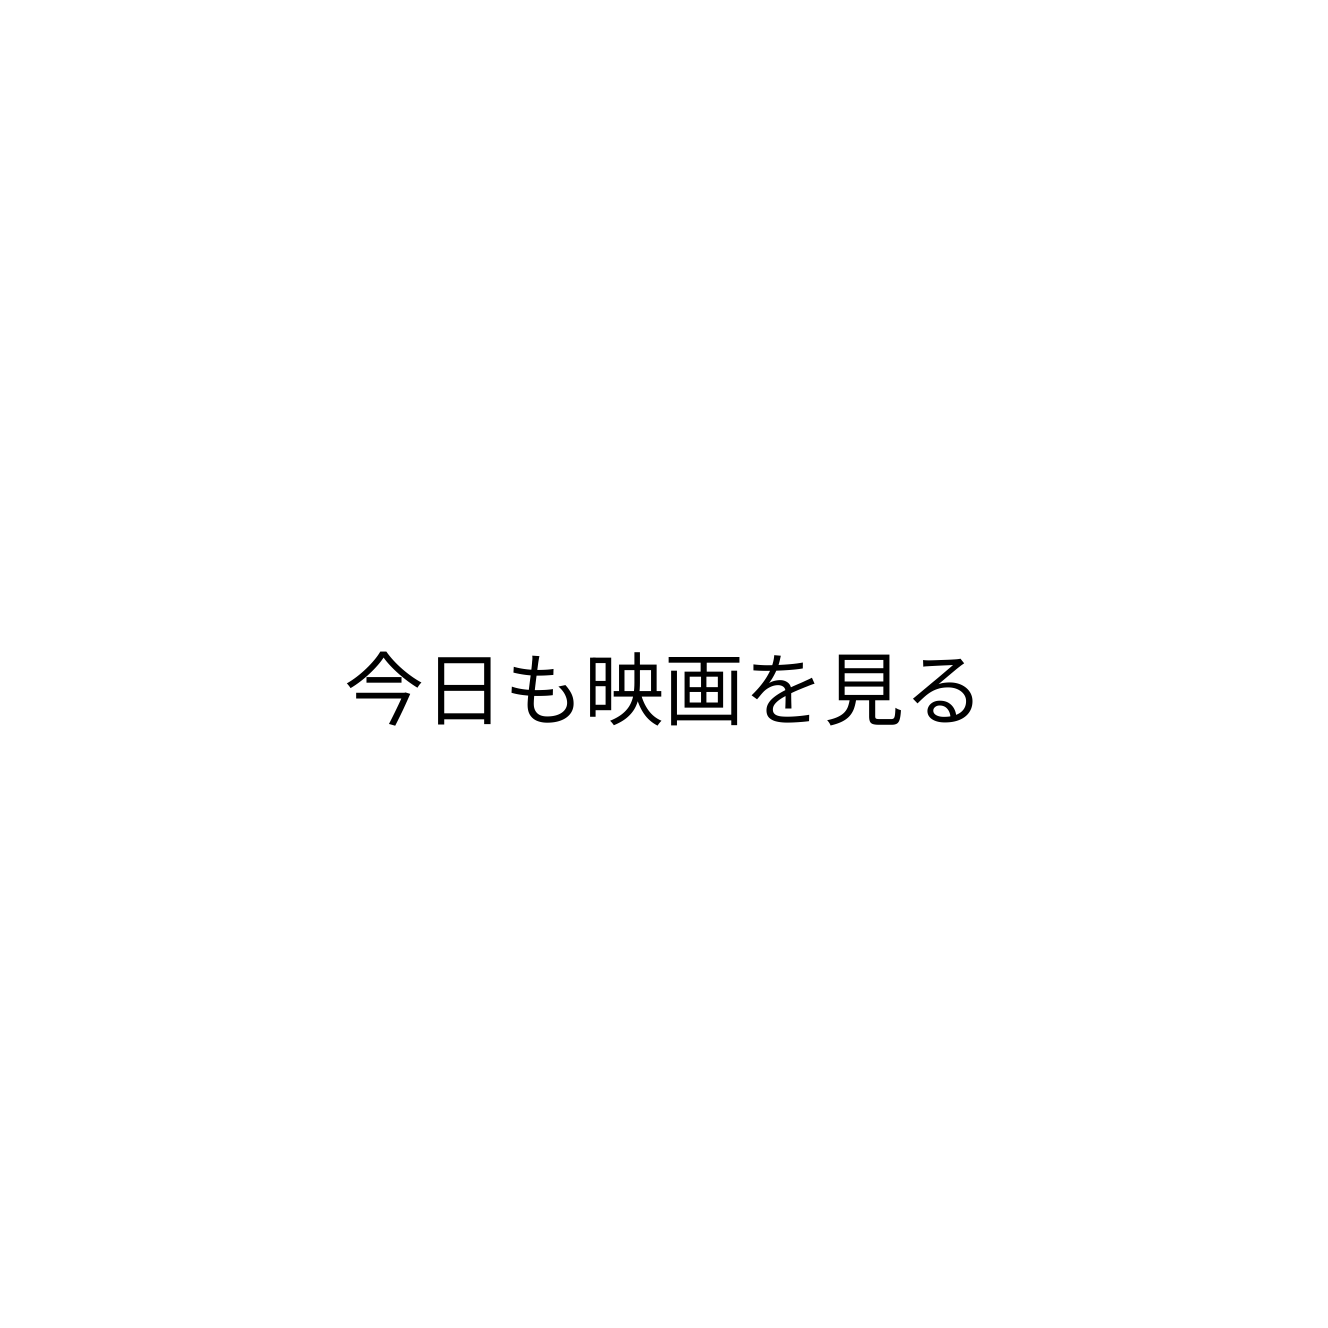
今日も映画を見る